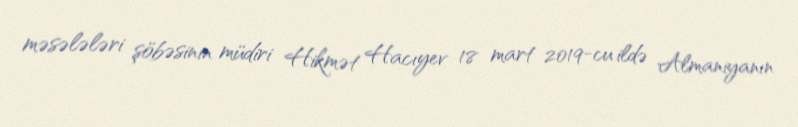
məsələləri şöbəsinin müdiri Hikmət Hacıyev 18 mart 2019-cu ildə Almaniyanın